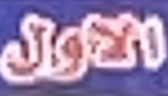
الاول